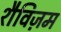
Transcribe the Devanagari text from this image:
शैविज़म